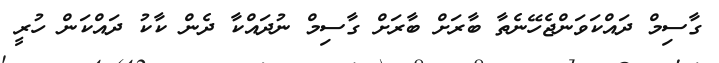
ގާސިމް ދައްކަވަންޖެހޭނެތާ ބާރަށް ބާރަށް ގާސިމް ނުދައްކާ ދެން ކާކު ދައްކަން ހުރީ